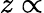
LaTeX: z\propto